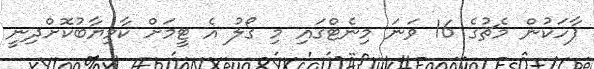
ޕާހަކުން މެޗުގެ 16 ވަނަ މިނެޓްގައި މި ގޯލު އެ ޓީމަށް ކާމިޔާބުކޮށްދިނީ